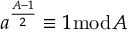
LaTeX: a ^ { \frac { A - 1 } { 2 } } \equiv 1 { \bmod { A } }